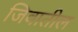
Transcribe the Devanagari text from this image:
जिवातील